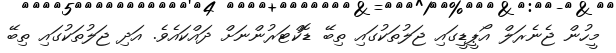
މީހުން ޖެނެރަލް އޯޕީޑީގައި ޖަލުތަކުގައި ތިބޭ ޑޮކްޓަރުންނަށް ދައްކައެވެ. އަދި ޖަލުތަކުގައި ތިބޭ